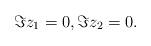
LaTeX: \begin{align*}\Im z_1 = 0, \Im z_2 = 0 .\end{align*}